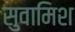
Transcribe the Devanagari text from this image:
सुवामिश